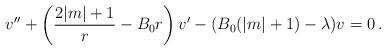
LaTeX: \begin{align*}v''+\left(\frac{2|m|+1}{r}-B_0 r\right)v^{\prime}-(B_0(|m|+1)-\lambda)v=0\,.\end{align*}